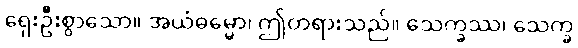
ရှေးဦးစွာသော။ အယံဓမ္မော၊ ဤတရားသည်။ သေက္ခဿ၊ သေက္ခ